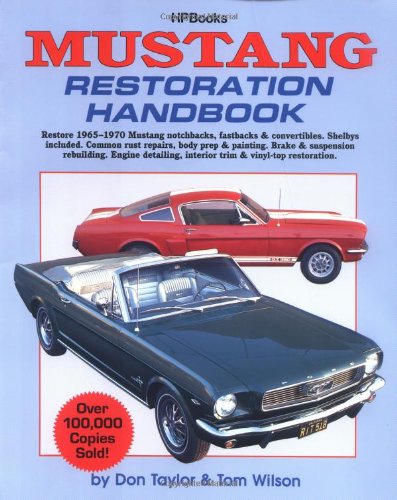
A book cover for Mustang Restoration Handbook; Don Taylor; Engineering & Transportation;